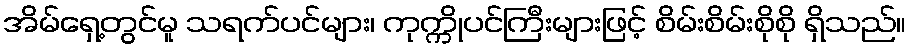
အိမ်ရှေ့တွင်မူ သရက်ပင်များ၊ ကုက္ကိုပင်ကြီးများဖြင့် စိမ်းစိမ်းစိုစို ရှိသည်။